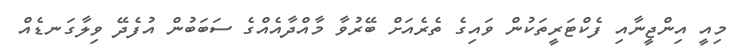
މިއީ އިންޖީނާއި ފެކްޓަރީތަކުން ވައިގެ ތެރެއަށް ބޭރުވާ މާއްދާއެއްގެ ސަބަބުން އުފެދޭ ވިލާގަނޑެއް